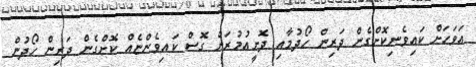
އަވަހަށް ކައިވެނިކޮށްގެން ދަރިން ހޯދުމާއި ދޮށީއުމުރަށް ގޮސް ކައިވެންޏެއް ކޮށްގެން ދަރިން ހޯދުން